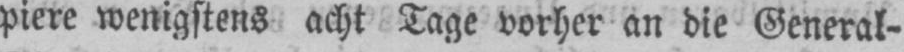
piere wenigstens acht Tage vorher an die General-